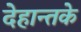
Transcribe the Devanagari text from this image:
देहान्तके